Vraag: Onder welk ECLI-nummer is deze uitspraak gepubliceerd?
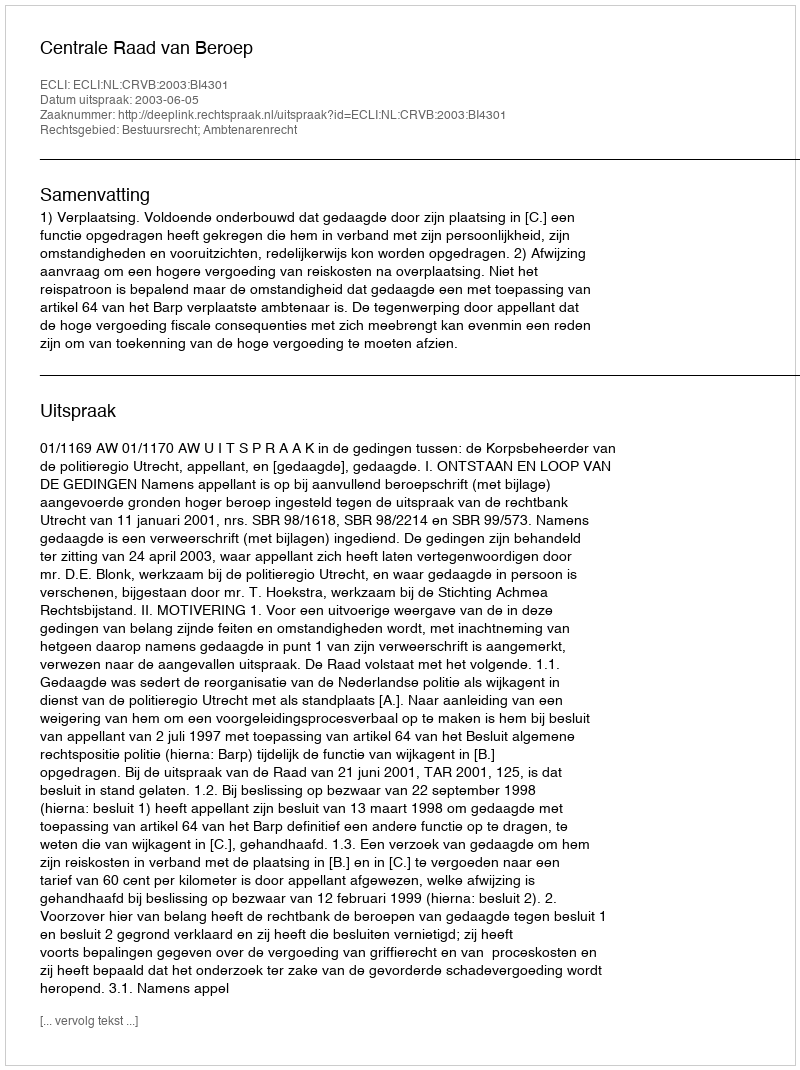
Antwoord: ECLI:NL:CRVB:2003:BI4301